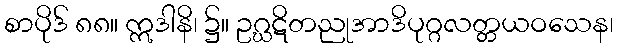
စာပိုဒ် ၈၈။ ဣဒါနိ၊ ၌။ ဥဂ္ဃဋိတညုအာဒိပုဂ္ဂလတ္တယဝသေန၊